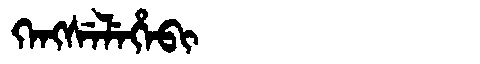
Manchu: ᡴᡝᠩᠰᡝᠯᡝᡥᡝᠪᡳ
Romanization: KENGSELEHEBI